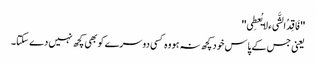
''فَاقِدُالشَّیء لایُعطِی''
یعنی جس کے پاس خود کچھ نہ ہو وہ کسی دوسرے کو بھی کچھ نہیں دے سکتا۔